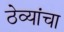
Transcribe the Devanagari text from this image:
ठेव्यांचा